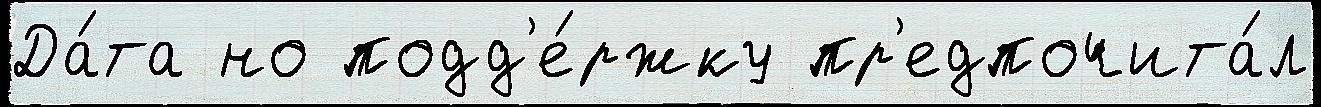
Да́та но подд'е́ржку пр'едпочита́л